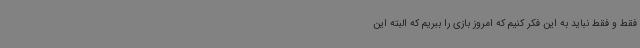
فقط و فقط نباید به این فکر کنیم که امروز بازی را ببریم که البته این